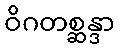
ဝိဂတစ္ဆန္ဒာ